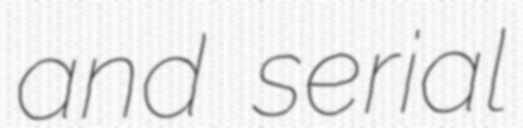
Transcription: and serial